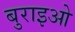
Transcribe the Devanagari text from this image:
बुराइओ